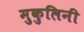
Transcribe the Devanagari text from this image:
मुकुलिनी